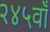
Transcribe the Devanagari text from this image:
२४५वाँ